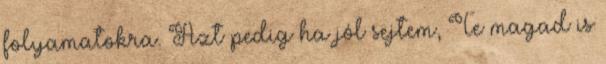
folyamatokra. Azt pedig ha jól sejtem, Te magad is